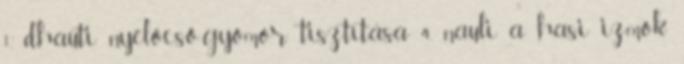
1. dhauti nyelőcső-gyomor tisztítása 4. nauli a hasi izmok